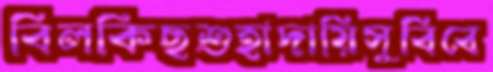
বিলকিছশুহাদায়িসুবিবে